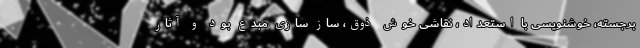
برجسته، خوشنویسی با استعداد، نقاشی خوش ذوق، ساز سازی مبدع بود و آثار